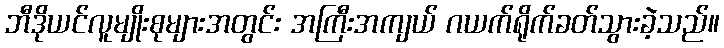
ဘီဒိုယင်လူမျိုးစုများအတွင်း အကြီးအကျယ် ဂယက်ရိုက်ခတ်သွားခဲ့သည်။